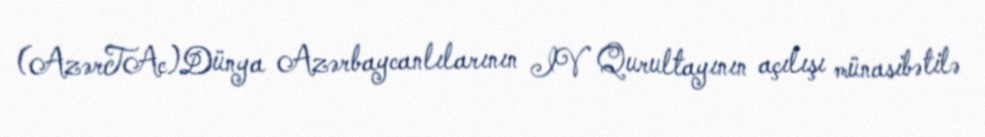
(AzərTAc)Dünya Azərbaycanlılarının IV Qurultayının açılışı münasibətilə